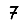
Digit: 7